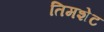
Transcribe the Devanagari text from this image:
तिमशेट